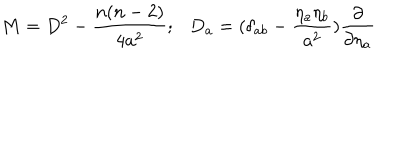
M = D ^ { 2 } - \frac { n ( n - 2 ) } { 4 a ^ { 2 } } ; D _ { a } = ( \delta _ { a b } - \frac { { \eta _ { a } } \eta _ { b } } { a ^ { 2 } } ) \frac { \partial } { \partial { \eta _ { a } } }